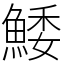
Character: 鯘